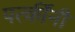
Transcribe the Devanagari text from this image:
पत्कींनी